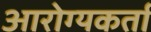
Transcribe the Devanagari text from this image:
आरोग्यकर्ता